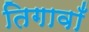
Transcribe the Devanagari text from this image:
तिगावाँ